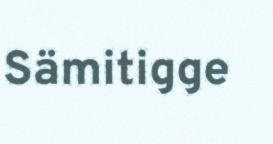
Sämitigge